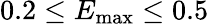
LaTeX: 0.2\le E_{\mathrm{max}}\le 0.5